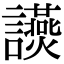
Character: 𧮃